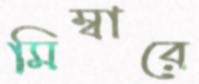
মিম্বারে